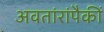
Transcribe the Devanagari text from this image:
अवतांरांपैकीं